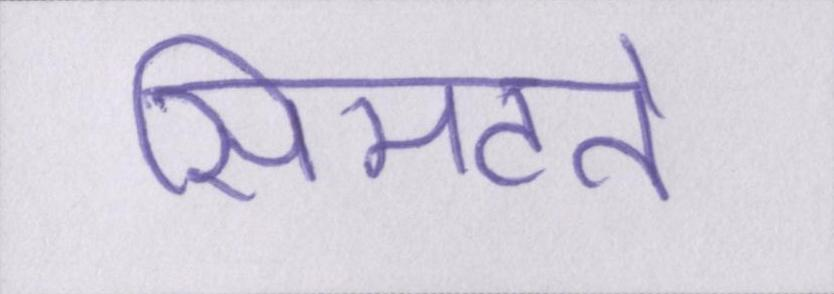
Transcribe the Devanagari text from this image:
सिमटते